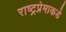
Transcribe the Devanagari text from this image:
राष्ट्रप्रेमाकडे